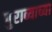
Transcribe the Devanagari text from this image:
पुराव्याच्या